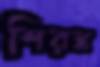
শিরস্ক